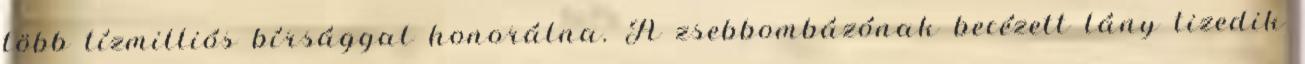
több tízmilliós bírsággal honorálna. A zsebbombázónak becézett lány tizedik